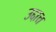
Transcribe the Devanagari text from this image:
उद्दात्त